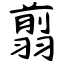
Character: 翦